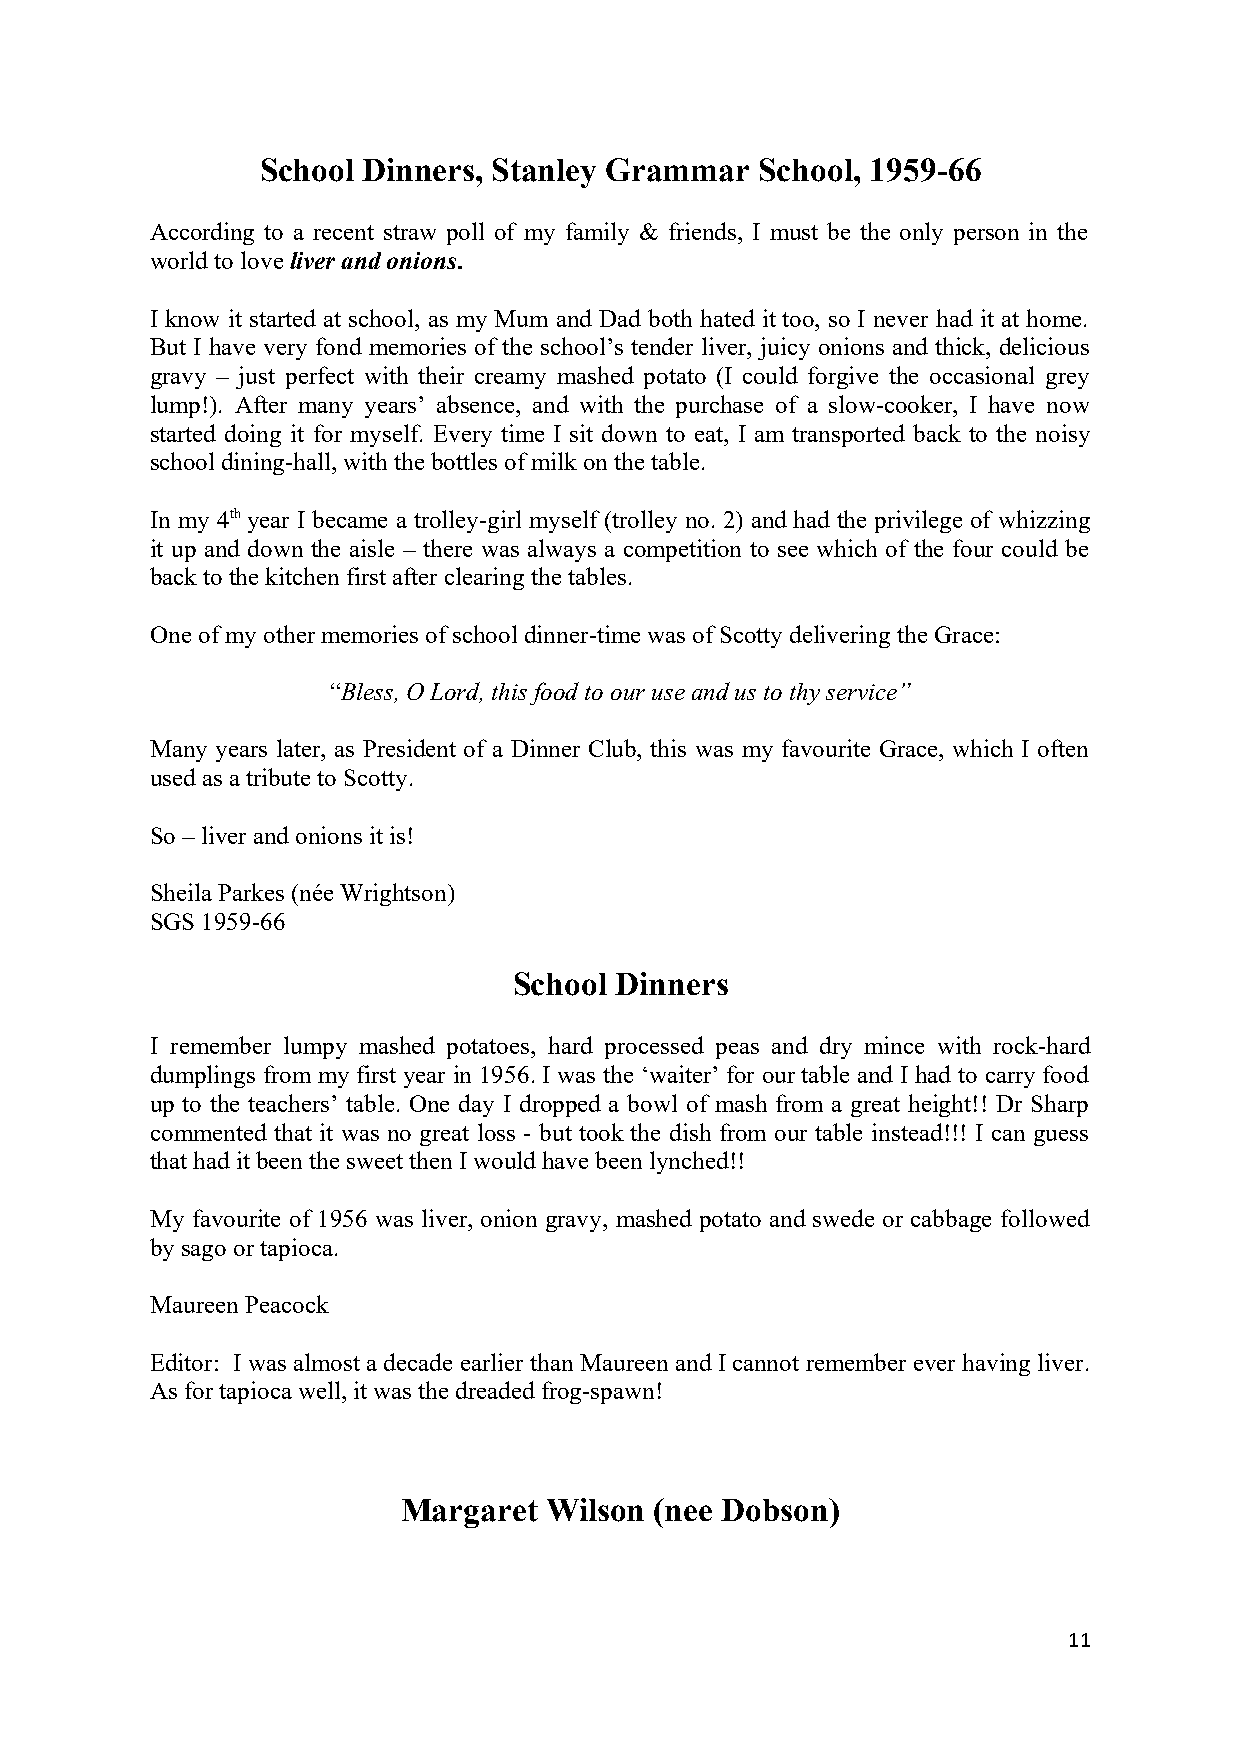
School Dinners, Stanley Grammar  School, 1959-66
 According to a recent straw poll of my family & friends, I must be the only person in the
 world to love liver and onions.
 I know it started at school, as my Mum and Dad both hated it too, so I never had it at home.
 But I have very fond memories of the school’s tender liver, juicy onions and thick, delicious
 gravy – just perfect with their creamy mashed potato (I could forgive the occasional grey
 lump!). After many years’ absence, and with the purchase of a slow-cooker, I have now
 started doing it for myself. Every time I sit down to eat, I am transported back to the noisy
 school dining-hall, with the bottles of milk on the table.
 In my 4th year I became a trolley-girl myself (trolley no. 2) and had the privilege of whizzing
 it up and down the aisle – there was always a competition to see which of the four could be
 back to the kitchen first after clearing the tables.
 One of my other memories of school dinner-time was of Scotty delivering the Grace:
 “Bless, O Lord, this food to our use and us to thy service”
 Many years later, as President of a Dinner Club, this was my favourite Grace, which I often
 used as a tribute to Scotty.
 So – liver and onions it is!
 Sheila Parkes (née Wrightson)
 SGS 1959-66
 School Dinners
 I remember lumpy mashed potatoes, hard processed peas and dry mince with rock-hard
 dumplings from my first year in 1956. I was the ‘waiter’ for our table and I had to carry food
 up to the teachers’ table. One day I dropped a bowl of mash from a great height!! Dr Sharp
 commented that it was no great loss - but took the dish from our table instead!!! I can guess
 that had it been the sweet then I would have been lynched!!
 My favourite of 1956 was liver, onion gravy, mashed potato and swede or cabbage followed
 by sago or tapioca.
 Maureen Peacock
 Editor: I was almost a decade earlier than Maureen and I cannot remember ever having liver.
 As for tapioca well, it was the dreaded frog-spawn!
 Margaret Wilson (nee Dobson)
 11